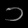
Digit: ၁